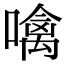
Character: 噙